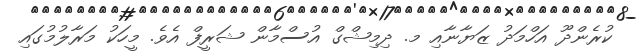
ކުރެންދޫ އަހްމަދު ޒަޔާނާއި މ. ދިމިޝްގް އުސްމާން ޝަރީފް އެވެ. މީހަކު މަރާލުމުގައި